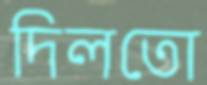
দিলতো